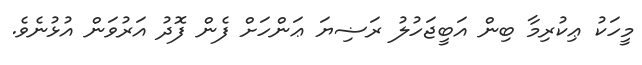
މީހަކު ޢިކުރިމާ ބިން އަބީޖަހުލު ރަޟިޔަ ޢަންހަށް ފެން ފޮދު އަރުވަން އުޅުނެވެ.